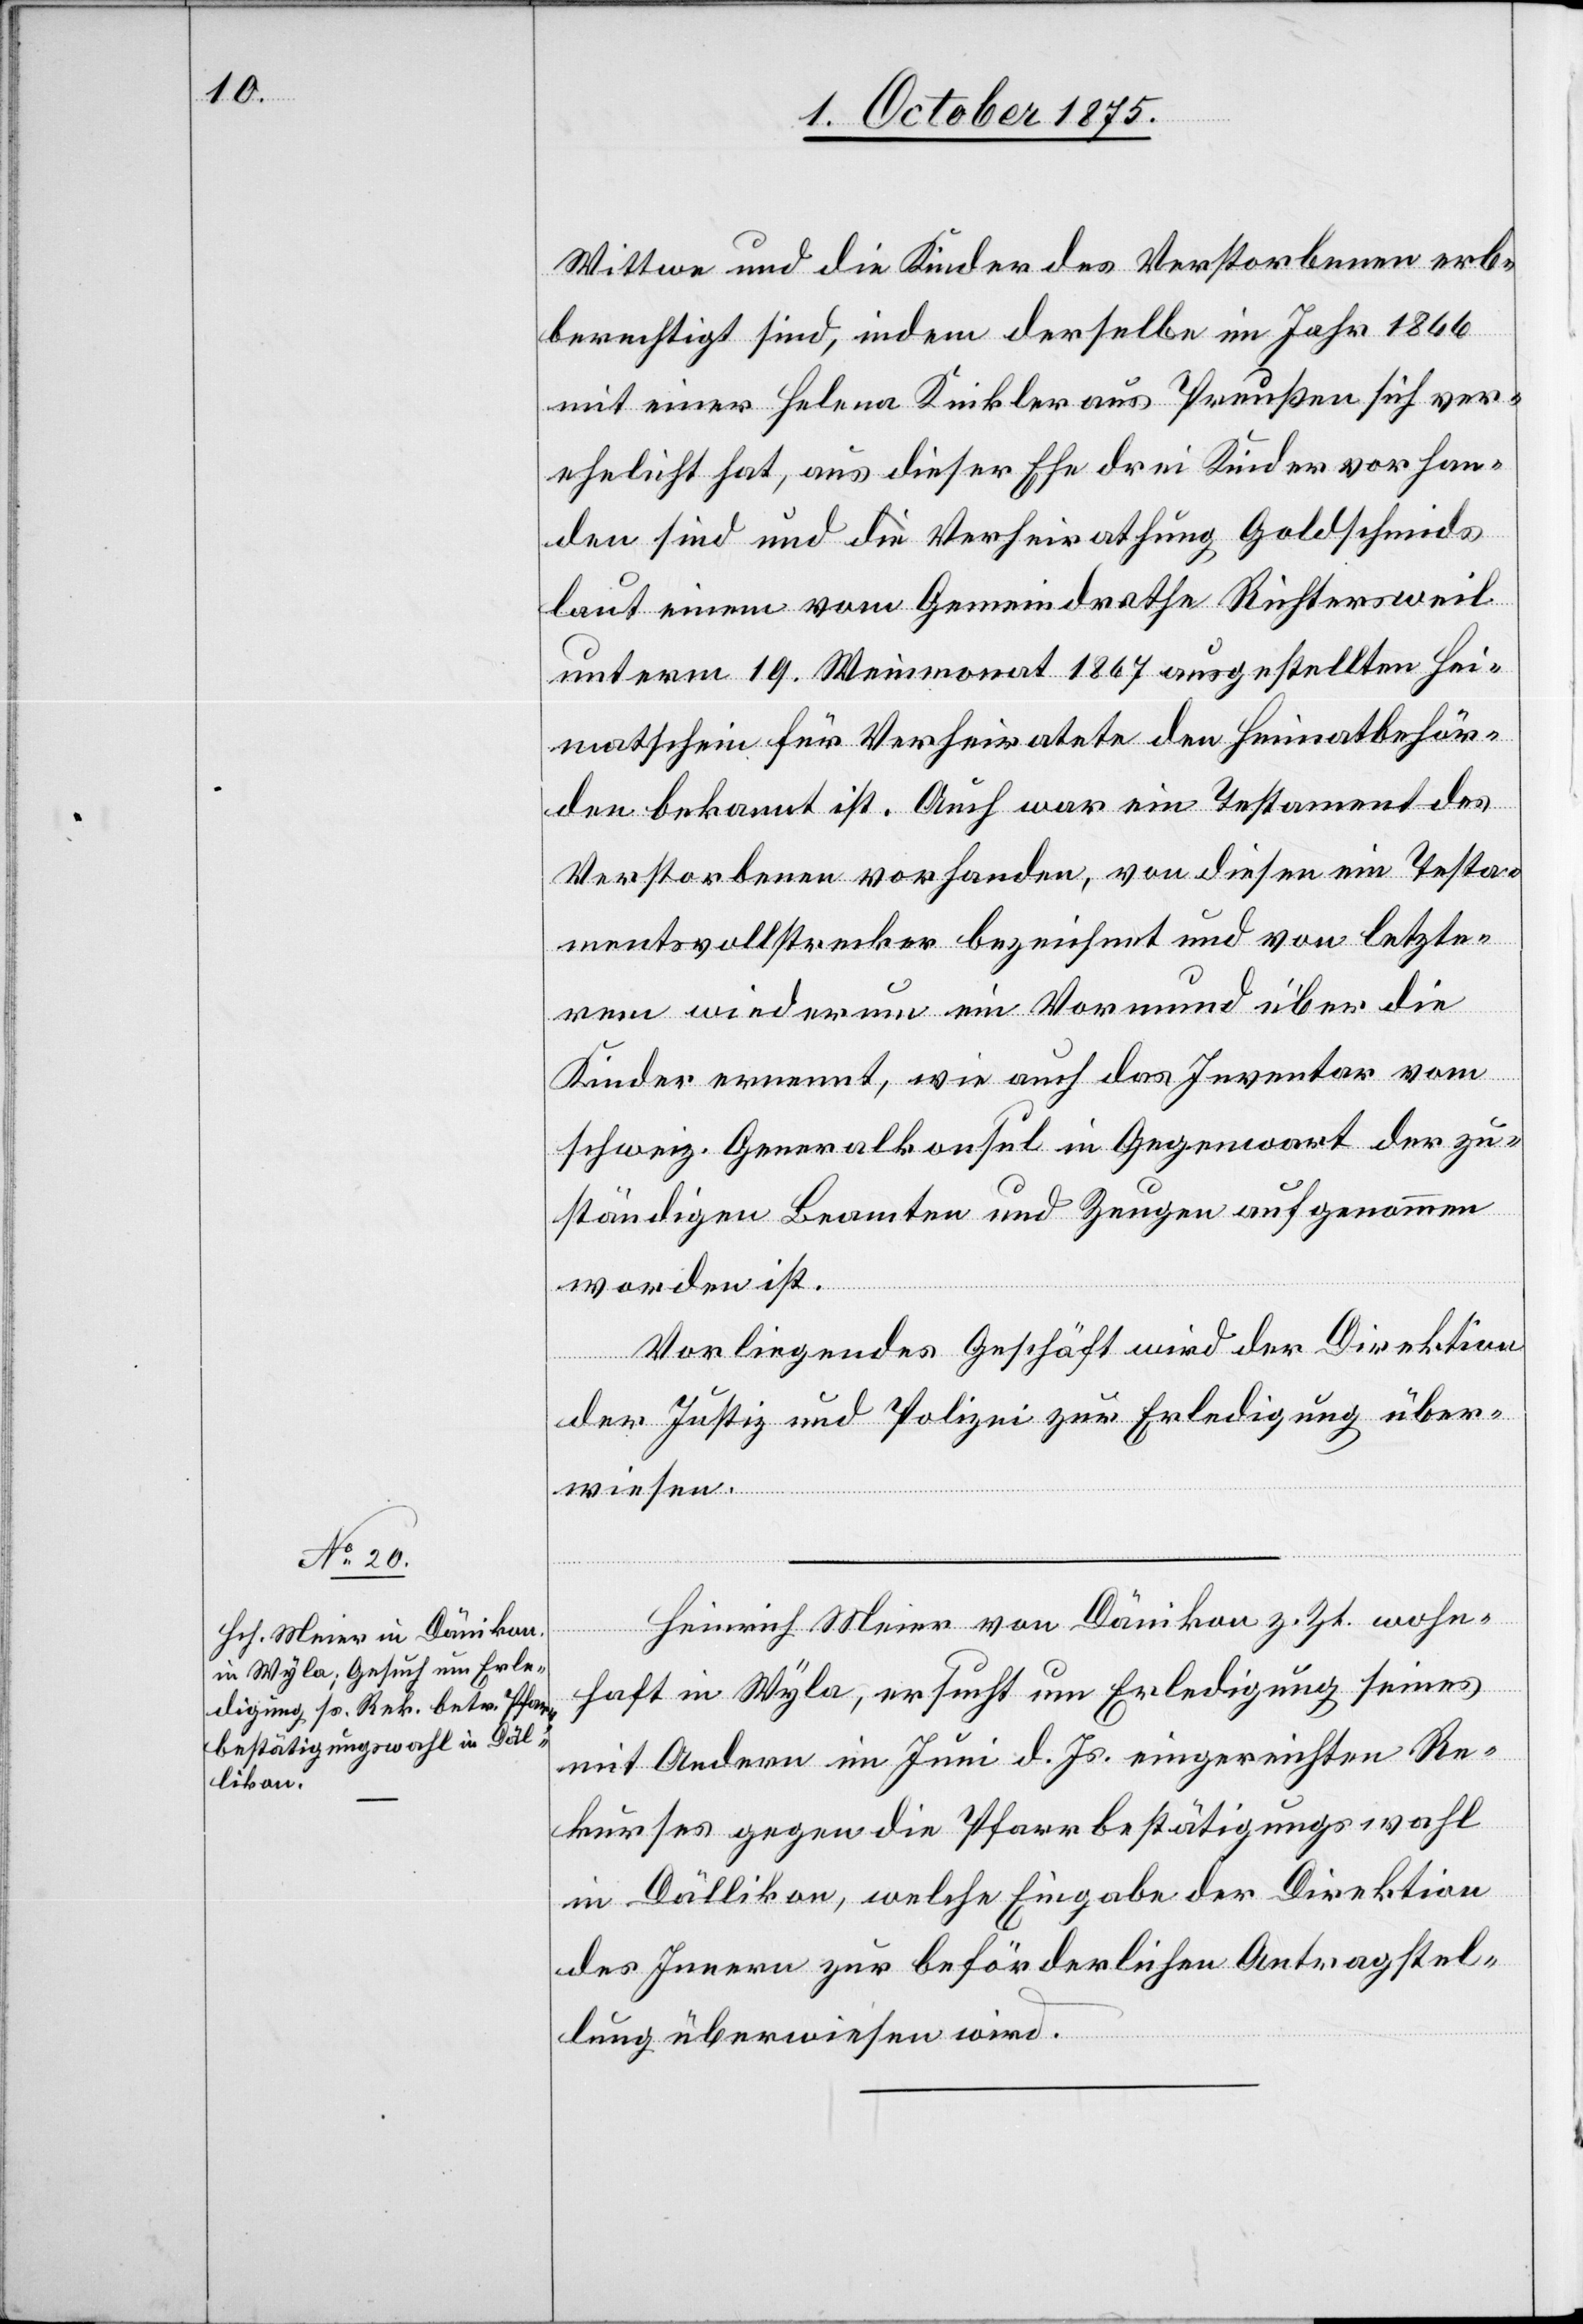
5. October 1875.]
Wittwe und die Kinder des Verstorbenen erb¬
berechtigt sind, indem derselbe im Jahr 1866
mit einer Helena Kinkler aus Preußen sich ver¬
ehelicht hat, aus dieser Ehe drei Kinder vorhan¬
den sind und die Verheirathung Goldschmids
laut einem vom Gemeindrathe Richtersweil
unterm 19. Weinmonat 1867 ausgestellten Hei¬
matschein für Verheiratete den Heimatbehör¬
den bekannt ist. Auch war ein Testament des
Verstorbenen vorhanden, von diesen [sic!] ein Testa¬
mentsvollstrecker bezeichnet und von letzte¬
rem wiederum ein Vormund über die
Kinder ernennt, wie auch das Inventar vom
schweiz. Generalkonsul in Gegenwart der zu¬
ständigen Beamten und Zeugen aufgenommen
worden ist.
Vorliegendes Geschäft wird der Direktion
der Justiz und Polizei zur Erledigung über¬
wiesen.
Heinrich Meier von Dänikon z. Zt. wohn¬
haft in Wyla, ersucht um Erledigung seines
mit Andern im Juni d. Js. eingereichten Re¬
kurses gegen die Pfarrbestätigungswahl
in Dällikon, welche Eingabe der Direktion
des Innern zur beförderlichen Antragstel¬
lung überwiesen wird.